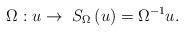
LaTeX: \begin{align*}\Omega : u \rightarrow\ {S_{\Omega}} \left(u \right)={{\Omega}^{-1}}u.\end{align*}